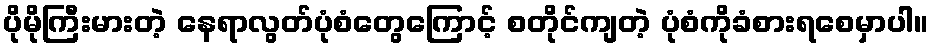
ပိုမိုကြီးမားတဲ့ နေရာလွတ်ပုံစံတွေကြောင့် စတိုင်ကျတဲ့ ပုံစံကိုခံစားရစေမှာပါ။